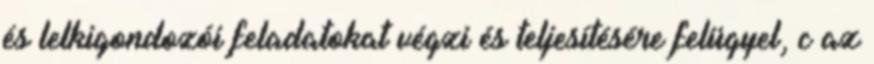
és lelkigondozói feladatokat végzi és teljesítésére felügyel, c az